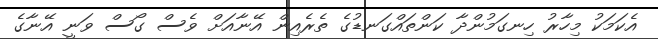
އެކަމަކު މިހާރު ހިނގަމުންދާ ކަންތައްގަނޑުގެ ތެރެއިން އޭނާއަށް ވެސް ގޯސް ވަނީ އޭނާގެ